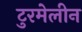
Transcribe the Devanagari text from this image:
टुरमेलीन